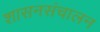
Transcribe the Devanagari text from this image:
शासनसंचालन